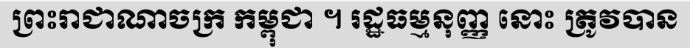
ព្រះរាជាណាចក្រ កម្ពុជា ។ រដ្ឋធម្មនុញ្ញ នោះ ត្រូវបាន